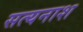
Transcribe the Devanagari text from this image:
सत्यनाश